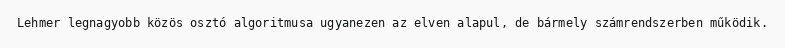
Lehmer legnagyobb közös osztó algoritmusa ugyanezen az elven alapul, de bármely számrendszerben működik.